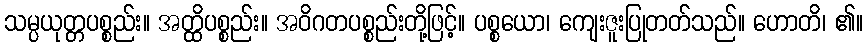
သမ္ပယုတ္တပစ္စည်း။ အတ္ထိပစ္စည်း။ အဝိဂတပစ္စည်းတို့ဖြင့်။ ပစ္စယော၊ ကျေးဇူးပြုတတ်သည်။ ဟောတိ၊ ၏။